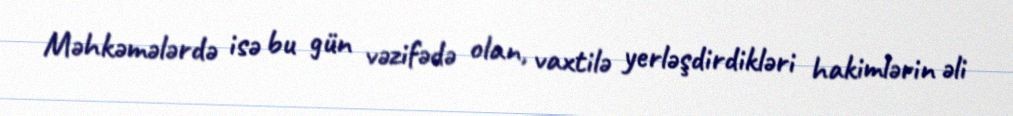
Məhkəmələrdə isə bu gün vəzifədə olan, vaxtilə yerləşdirdikləri hakimlərin əli